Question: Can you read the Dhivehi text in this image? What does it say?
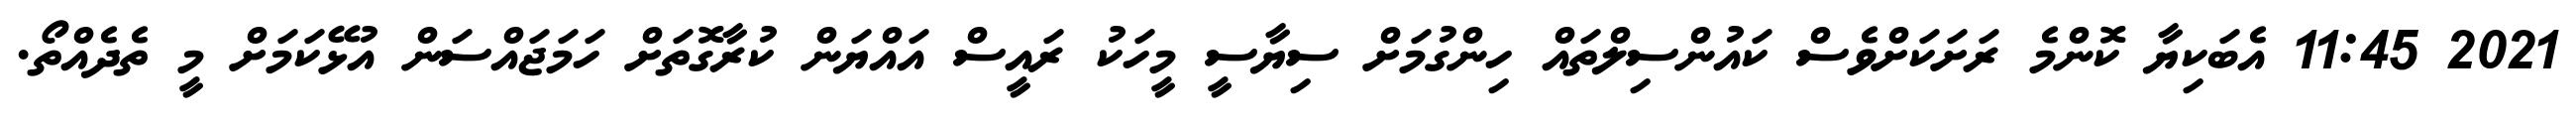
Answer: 2021 11:45 އެބަކިޔާ ކޮންމެ ރަށަކަށްވެސް ކައުންސިލްތައް ހިންގުމަށް ސިޔާސީ މީހަކު ރައީސް އައްޔަން ކުރާގޮތަށް ހަމަޖައްސަން އުޅޭކަމަށް މީ ތެދެއްތޯ.